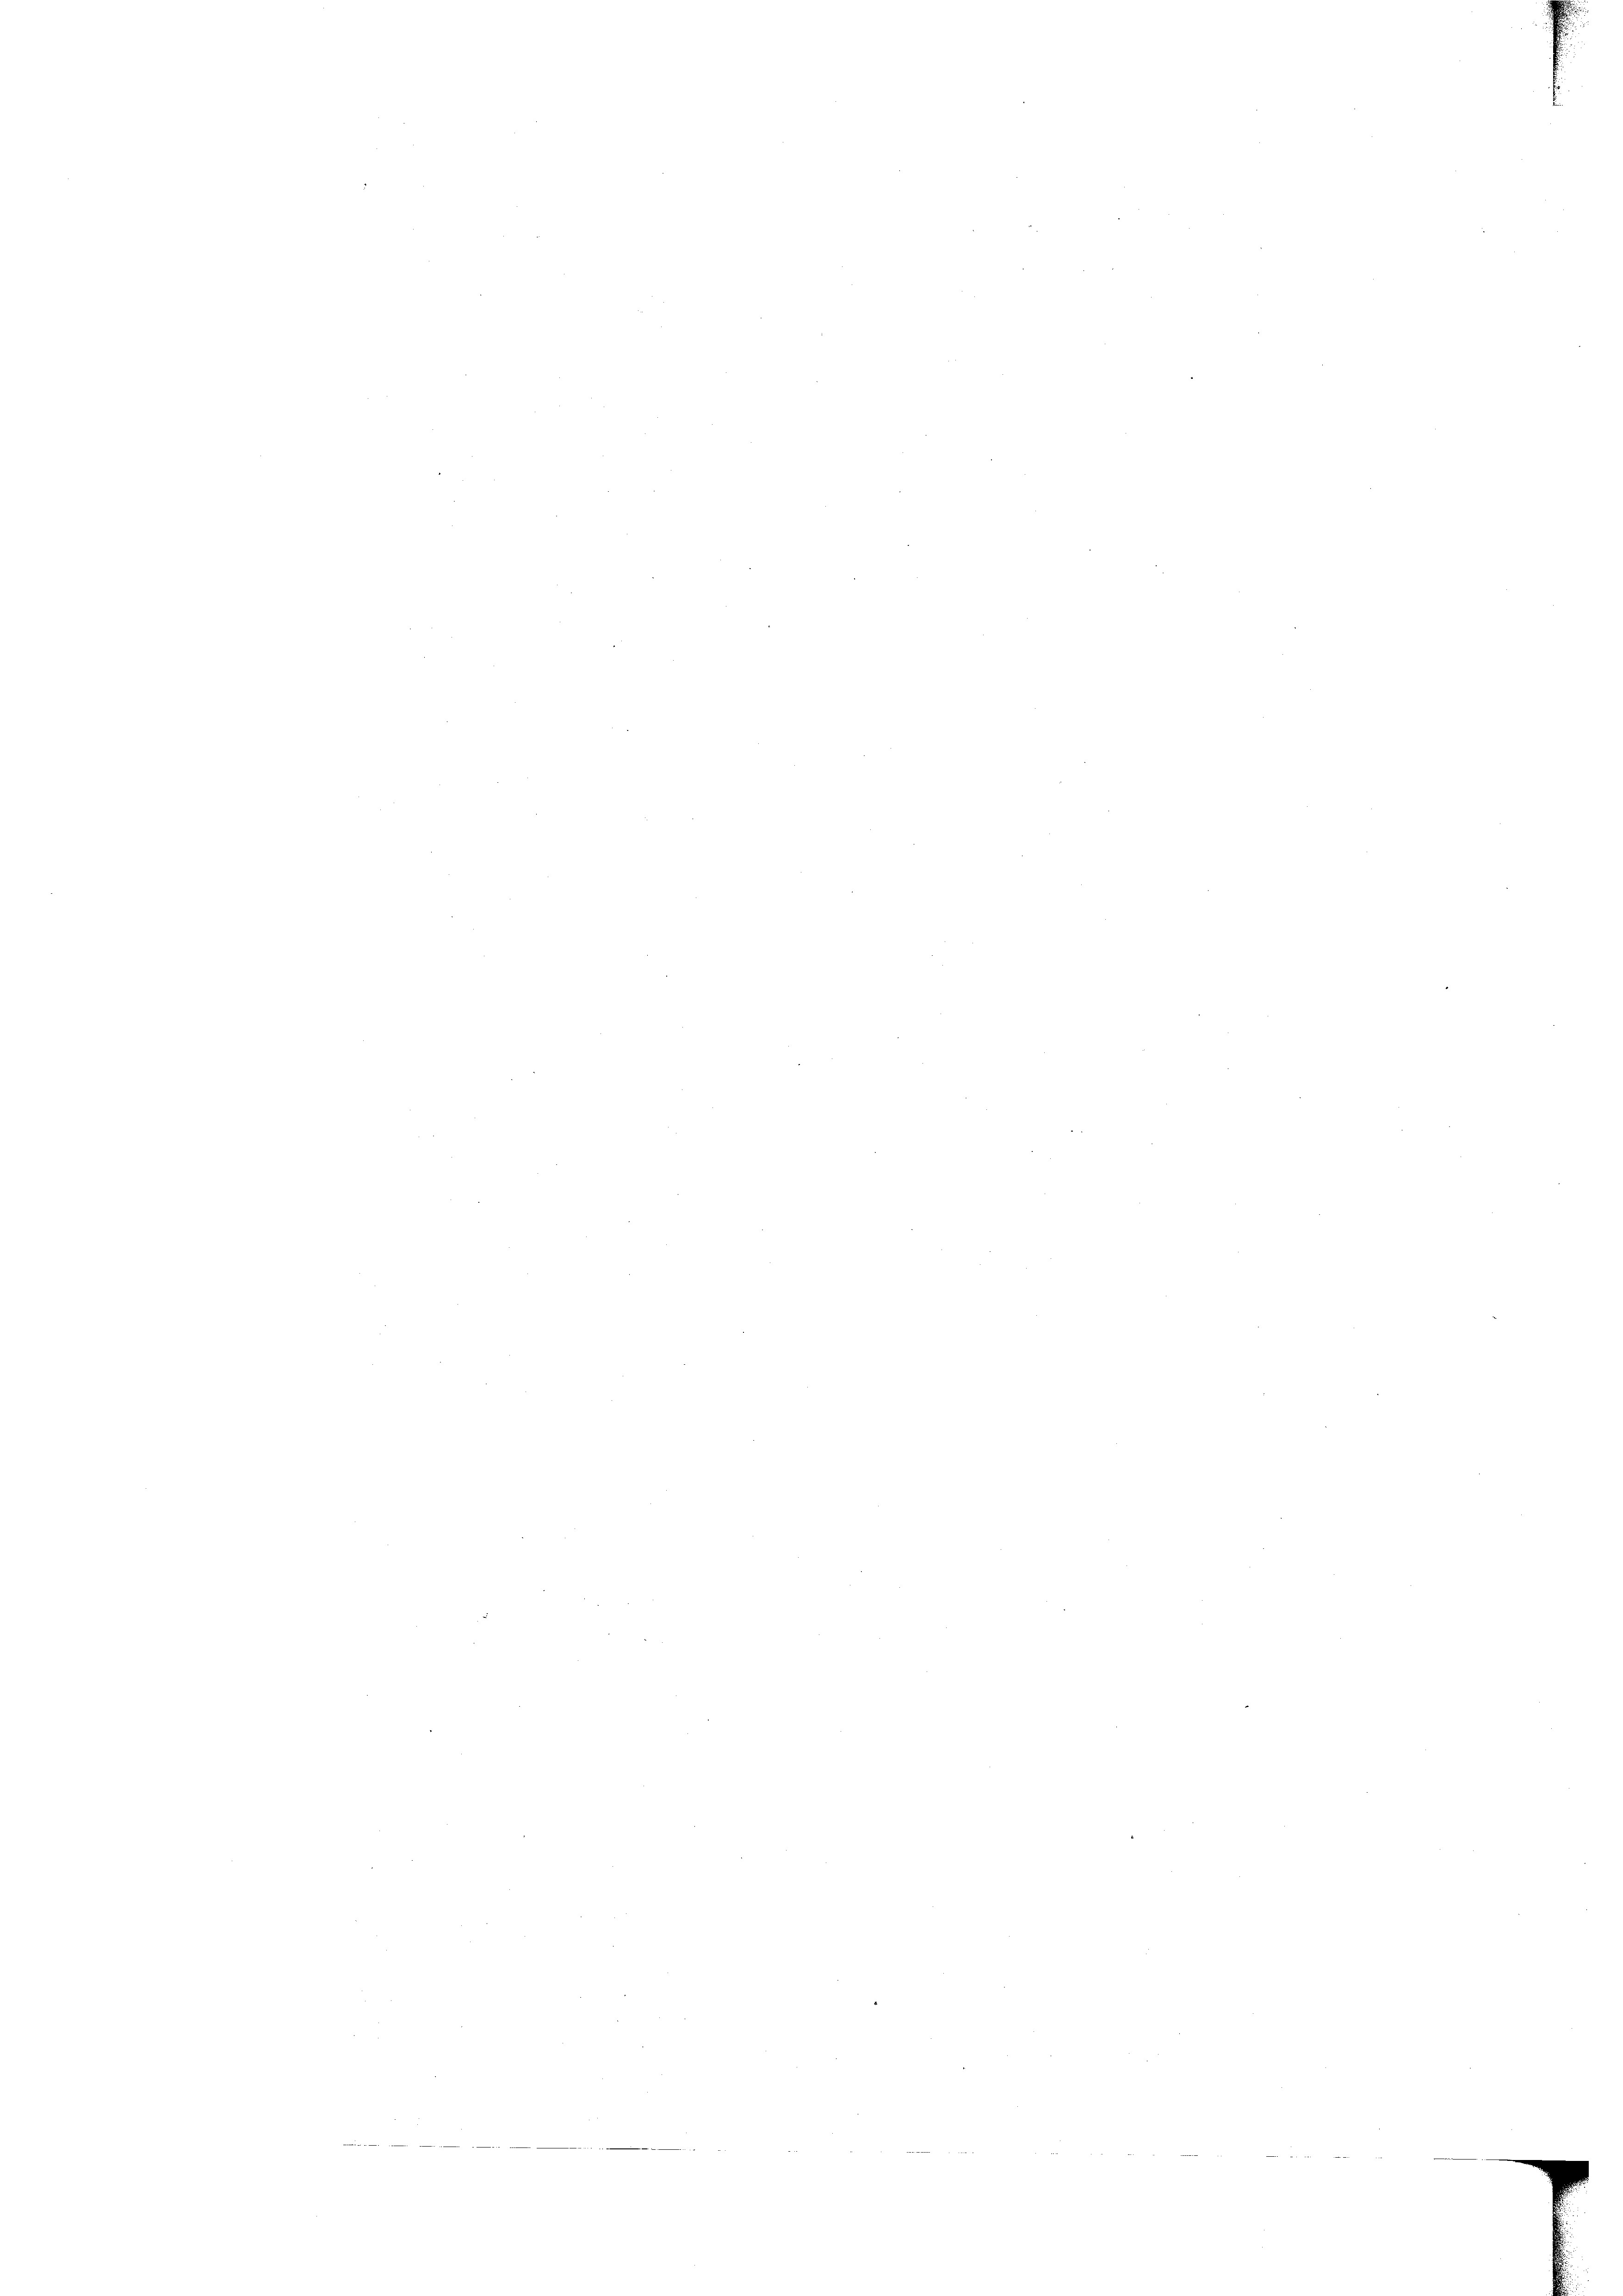
edeiheit zu

xxx

e

e

.